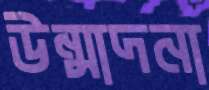
উন্মাদনা